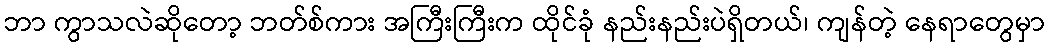
ဘာ ကွာသလဲဆိုတော့ ဘတ်စ်ကား အကြီးကြီးက ထိုင်ခုံ နည်းနည်းပဲရှိတယ်၊ ကျန်တဲ့ နေရာတွေမှာ